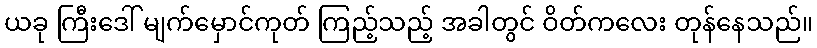
ယခု ကြီးဒေါ် မျက်မှောင်ကုတ် ကြည့်သည့် အခါတွင် ဝိတ်ကလေး တုန်နေသည်။